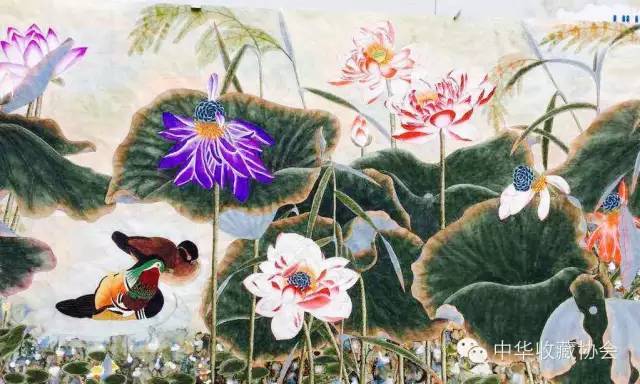
鸳鸯俱是白头时，江南渭北三千里。